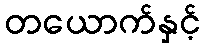
တယောက်နှင့်